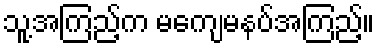
သူ့အကြည့်က မကျေမနပ်အကြည့်။